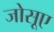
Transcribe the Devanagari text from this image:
जोसूए